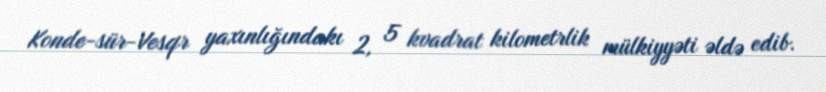
Konde-sür-Vesqr yaxınlığındakı 2, 5 kvadrat kilometrlik mülkiyyəti əldə edib.